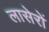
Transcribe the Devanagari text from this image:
लासेरों